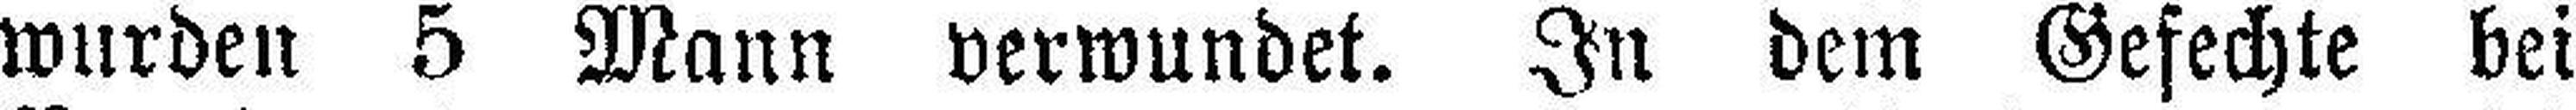
wurden 5 Mann verwundet. In dem Gefechte bei